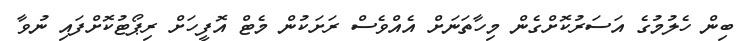
ބިން ހެލުމުގެ އަސަރުކޮށްގެން މިހާތަނަށް އެއްވެސް ރަށަކުން މެޓް އޮފީހަށް ރިޕޯޓުކޮށްފައި ނުވާ